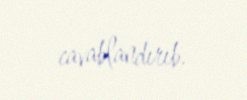
cavablandırıb.